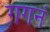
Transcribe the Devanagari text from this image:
गगनं